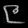
Digit: ၉